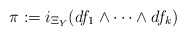
\begin{align*}\pi := i_{\Xi_Y} (df_1 \wedge \cdots \wedge df_k)\end{align*}